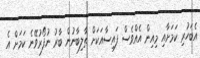
އެބަހުރި ކަމަށާއި މިއިން އެއްވެސް ފައިސާއަކަށް ތާލިބާނުން ބާރު ނުފޯރުވޭނެ ކަމަށް އެ